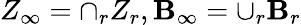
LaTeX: Z_{\infty}=\cap_{r}Z_{r},\mathbf{B}_{\infty}=\cup_{r}\mathbf{B}_{r}